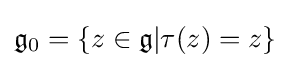
{\mathfrak {g}}_{0}=\{z\in {\mathfrak {g}}|\tau (z)=z\}